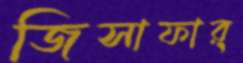
জিসাফার্